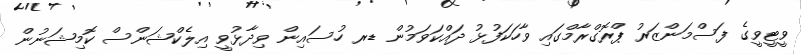
ވީޓީވީގެ ފަސްމަންޒަރު ޕްރޮގްރާމްގައި ވާހަކަފުޅު ދައްކަވަމުން ޑރ ހުސައިން ވިދާޅުވީ އިލެކްޝަންސް ކޮމިޝަނުން